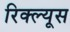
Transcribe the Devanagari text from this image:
रिक्ल्यूस